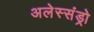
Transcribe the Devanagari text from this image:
अलेस्संड्रो